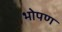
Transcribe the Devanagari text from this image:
भोपण